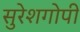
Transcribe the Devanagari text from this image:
सुरेशगोपी